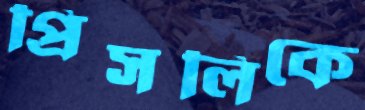
প্রিসলিকে